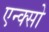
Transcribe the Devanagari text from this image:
एन्क्सो